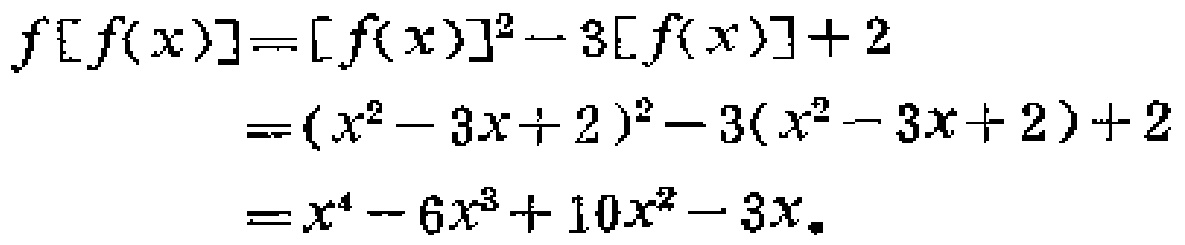
\[
\begin{align*}
f[f(x)]&=[f(x)]^{2}-3[f(x)] + 2\\
&=(x^{2}-3x + 2)^{2}-3(x^{2}-3x + 2)+2\\
&=x^{4}-6x^{3}+10x^{2}-3x
\end{align*}
\]